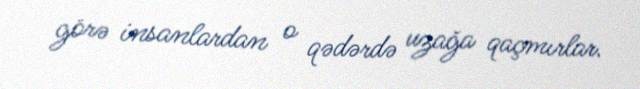
görə insanlardan o qədərdə uzağa qaçmırlar.